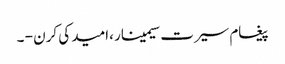
پیغام سیرت سیمینار ،امید کی کرن - ۔